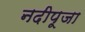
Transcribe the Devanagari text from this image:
नदीपूजा